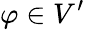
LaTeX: \varphi\in V^{\prime}